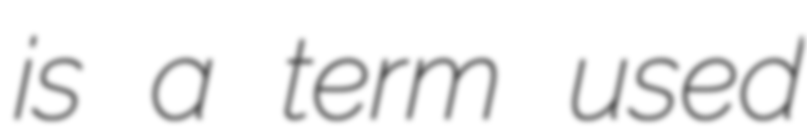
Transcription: is a term used